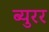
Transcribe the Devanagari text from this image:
ब्युरर